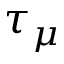
\tau _ { \mu }